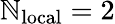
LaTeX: \mathbb{N}_{\mathrm{{local}}}=2